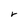
Character: r